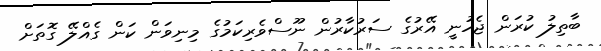
ބާތިލު ކުރަން ޖެހުނީ އޭރުގެ ސަރުކާރުން ނޫސްވެރިކަމުގެ މިނިވަން ކަން ގެއްލޭ ގޮތަށް